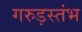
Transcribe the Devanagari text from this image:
गरुड़स्तंभ